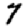
Digit: 7